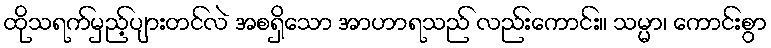
ထိုသရက်မှည့်ပျားတင်လဲ အစရှိသော အာဟာရသည် လည်းကောင်း။ သမ္မာ၊ ကောင်းစွာ